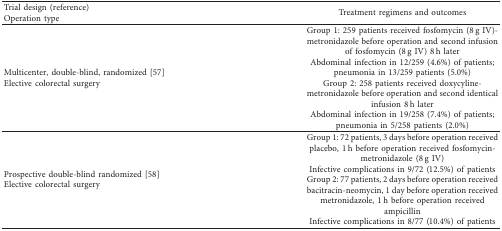
<table><thead><tr><td><b>Trial design (reference)Operation type</b></td><td><b>Treatment regimens and outcomes</b></td></tr></thead><tbody><tr><td>Multicenter, double-blind, randomized [57]Elective colorectal surgery</td><td>Group 1: 259 patients received fosfomycin (8 g IV)-metronidazole before operation and second infusion of fosfomycin (8 g IV) 8 h laterAbdominal infection in 12/259 (4.6%) of patients; pneumonia in 13/259 patients (5.0%)Group 2: 258 patients received doxycyline-metronidazole before operation and second identical infusion 8 h laterAbdominal infection in 19/258 (7.4%) of patients; pneumonia in 5/258 patients (2.0%)</td></tr><tr><td>Prospective double-blind randomized [58]Elective colorectal surgery</td><td>Group 1: 72 patients, 3 days before operation received placebo, 1 h before operation received fosfomycin-metronidazole (8 g IV)Infective complications in 9/72 (12.5%) of patientsGroup 2: 77 patients, 2 days before operation received bacitracin-neomycin, 1 day before operation received metronidazole, 1 h before operation received ampicillinInfective complications in 8/77 (10.4%) of patients</td></tr></tbody></table>